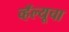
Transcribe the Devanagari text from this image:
व्हॅल्यूचा